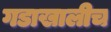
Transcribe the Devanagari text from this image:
गडाखालीच